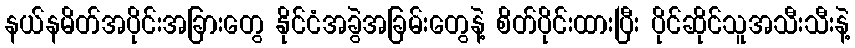
နယ်နမိတ်အပိုင်းအခြားတွေ နိုင်ငံအခွဲအခြမ်းတွေနဲ့ စိတ်ပိုင်းထားပြီး ပိုင်ဆိုင်သူအသီးသီးနဲ့